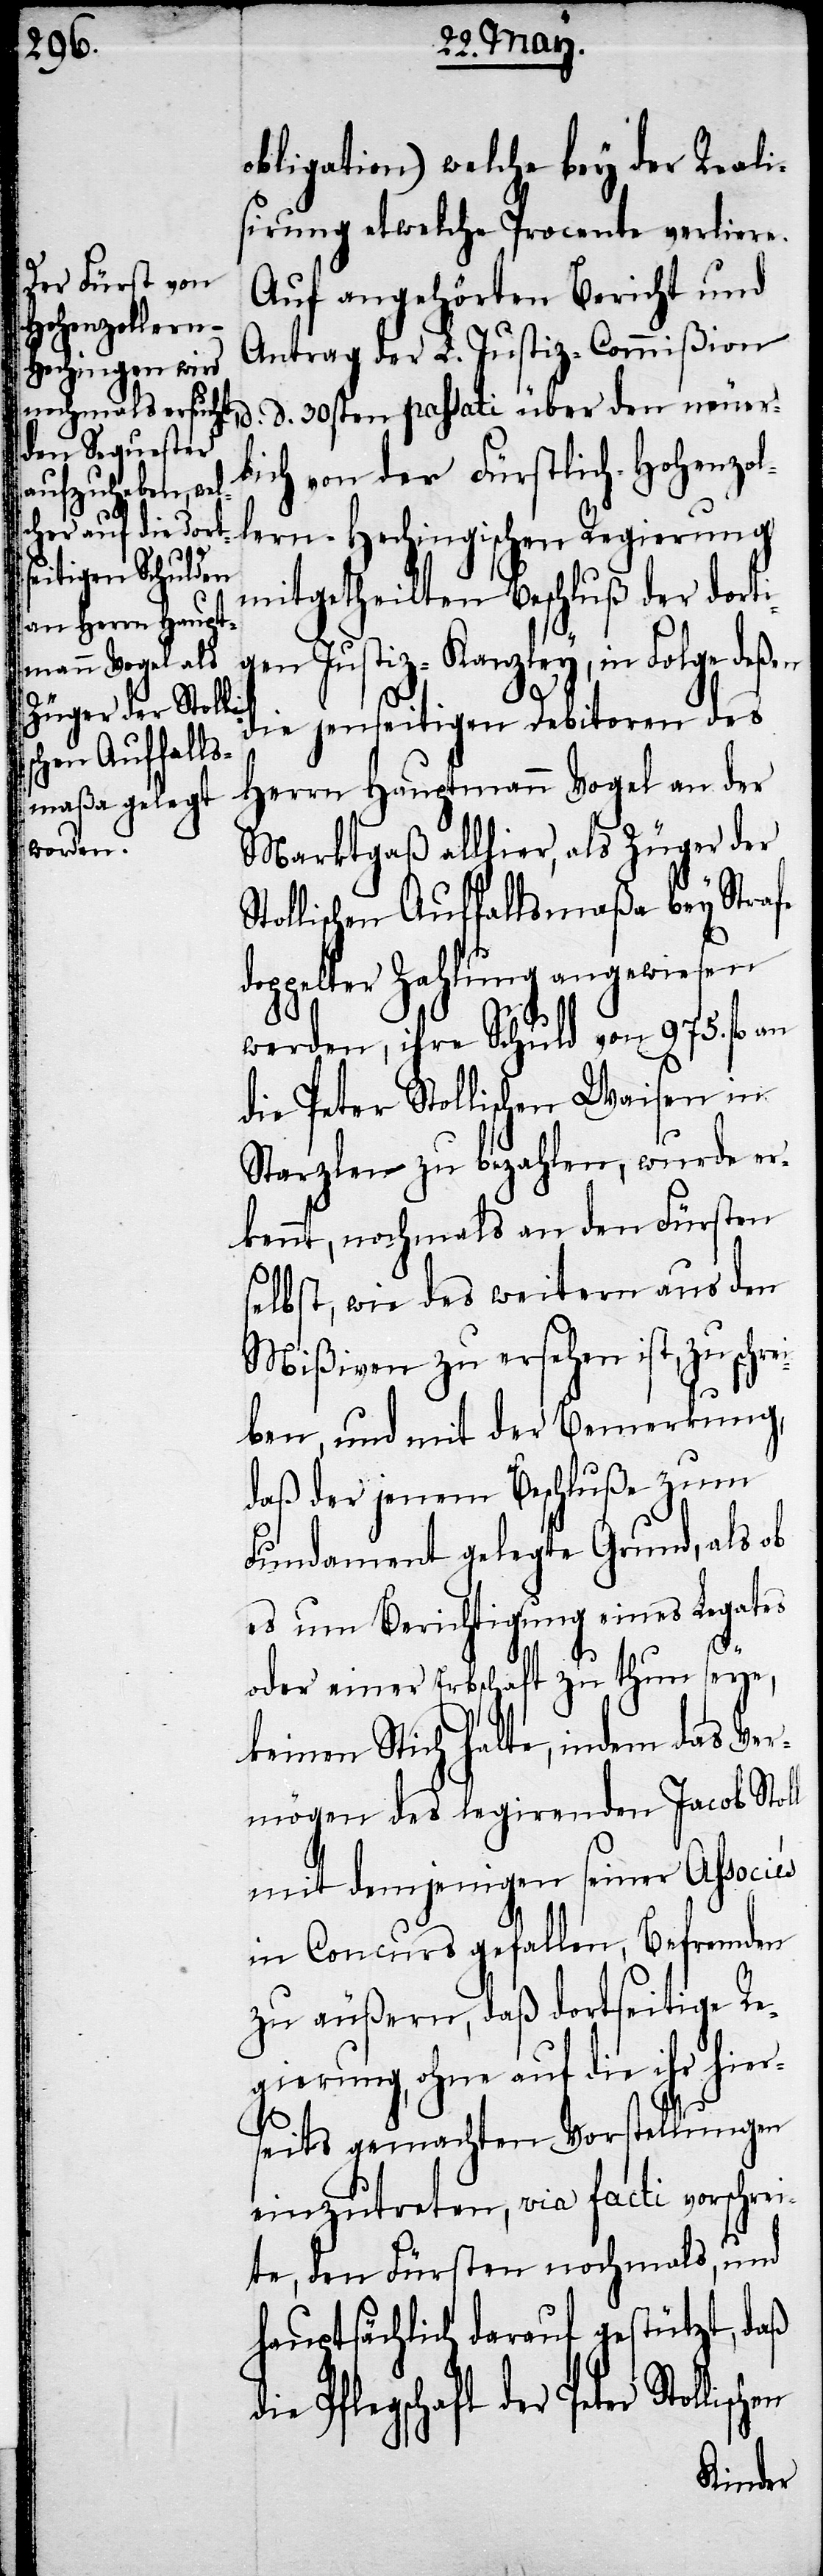
obligation) welche bey der Reali¬
sirung etwelche Procente verliere¬
Auf angehörten Bericht und
Antrag der L. Justiz-Commißion
d. d. 30sten passati über den neuer¬
lich von der Fürstlich-Hohenzol¬
lern-Hechingischen Regierung
lischen
mitgetheilten Beschluß der dorti¬
gen Justiz-Kanzley, in Folge deß¬
die jenseitigen Debitoren des
Herrn Hauptmann Vogel an der
Marktgaß allhier, als Züger der
Stollischen Auffallsmaßa bey Stra¬
doppelter Zahlung angewiesen
werden, ihre Schuld von 975. fl. an
die Peter Stollischen Waisen in
Starzlen zu bezahlen, wurde er¬
kennt, nochmals an den Fürsten
selbst, wie des weitern aus den
Mißiven zu ersehen ist, zu schre¬
iben, und mit der Bemerkung,
daß der jenem Beschluße zum
Fundament gelegte Grund, als ob
es um Berichtigung eines Legates
l
oder Erbschaft zu thun seye,
keinen Stich halte, indem das Ver¬
mögen des legirenden Jacob Stol¬
mit demjenigen seiner Associes
in Concurs gefallen, Befremden
zu äußern, daß dortseitige Re¬
gierung, ohne auf die ihr hier¬
seits gemachten Vorstellungen
einzutreten, via facti vorschrei¬
te, den Fürsten nochmals, und
hauptsächlich darauf gestützt, daß
die Pflegschaft der Peter Stol¬